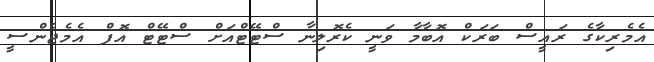
އެމެރިކާގެ ރައީސް ބަރަކް އޮބާމާ ވަނީ ކެރޮލިނާ ސްޓޭޓްއަށް ސްޓޭޓް އޮފް އެމެޖެންސީ